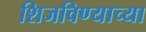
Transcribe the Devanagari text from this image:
शिजविण्याच्या